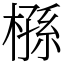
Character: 槂